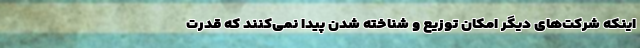
اینکه شرکت‌های دیگر امکان توزیع و شناخته شدن پیدا نمی‌کنند که قدرت